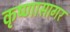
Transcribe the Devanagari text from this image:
कृष्णासागर